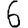
Digit: 6